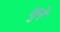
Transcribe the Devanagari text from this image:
वुने